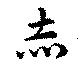
赤